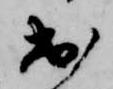
出